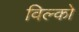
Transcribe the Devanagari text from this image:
विल्को